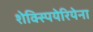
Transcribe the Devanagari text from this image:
शेक्स्पियेरियेना